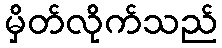
မှိတ်လိုက်သည်